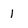
Character: 1